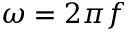
\omega = 2 \pi f